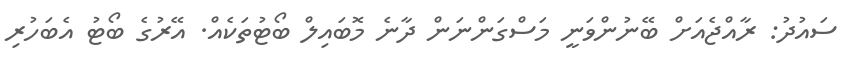
ސައުދު: ރާއްޖެއަށް ބޭނުންވަނީ މަސްގަންނަން ދާނެ މޮބައިލް ބޯޓުތަކެއް. އޭރުގެ ބޯޓު އެބަހުރި